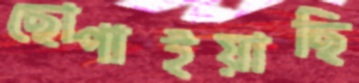
ছোপাইয়াছি